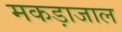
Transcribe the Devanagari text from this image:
मकड़ाजाल